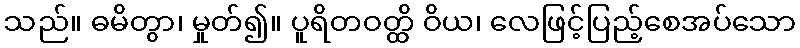
သည်။ ဓမိတွာ၊ မှုတ်၍။ ပူရိတဝတ္ထိ ဝိယ၊ လေဖြင့်ပြည့်စေအပ်သော